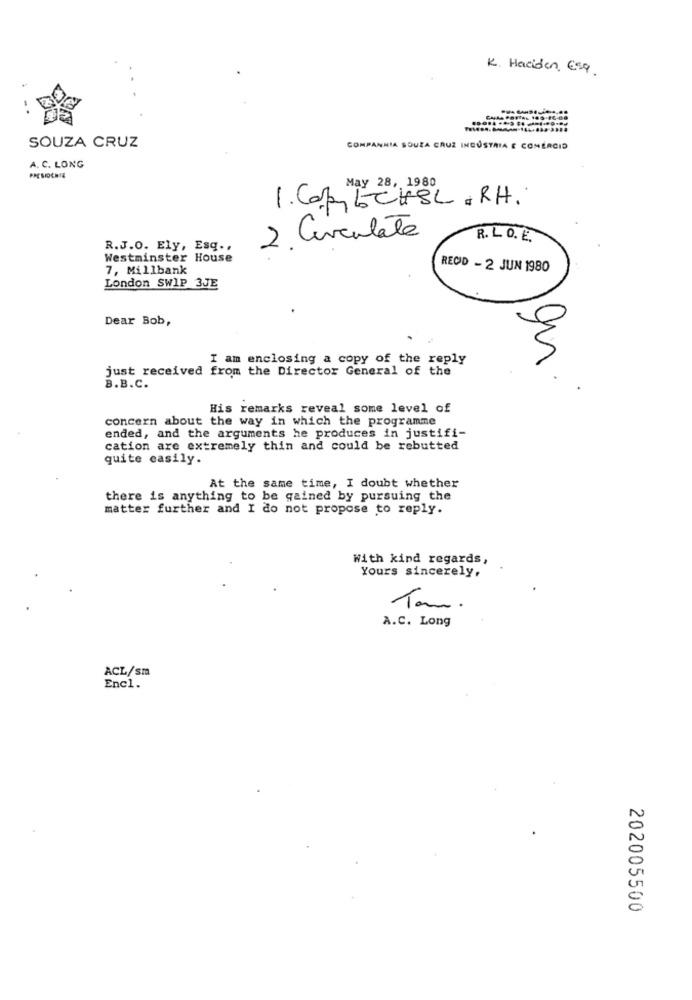
K. Haciden, Esq.
SOUZA CRUZ
COMPANHIA SOUZA CRUZ INDÚSTRIA E COMEACID
A. C. LONG
May 28, 1980
1. Copy 5 CHSL . RH.
2. Circulate
R. L. O. E.
R.J.O. Ely, Esq .,
Westminster House
7, Millbank
RECD - 2 JUN 1980
London SWIP 3JE
Dear Bob,
I am enclosing a copy of the reply
just received from the Director General of the
B.B.C.
His remarks reveal some level of
concern about the way in which the programme
ended, and the arguments he produces in justifi-
cation are extremely thin and could be rebutted
quite easily.
At the same time, I doubt whether
there is anything to be gained by pursuing the
matter further and I do not propose to reply.
With kind regards,
Yours sincerely,
Tom.
A.C. Long
ACL/sm
Enc1.
202005500